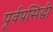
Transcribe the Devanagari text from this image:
पूर्वप्रसिद्धी